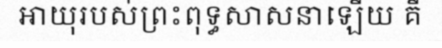
អាយុរបស់ព្រះពុទ្ធសាសនាឡើយ គឺ